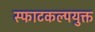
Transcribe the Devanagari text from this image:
स्फाटकल्पयुक्त